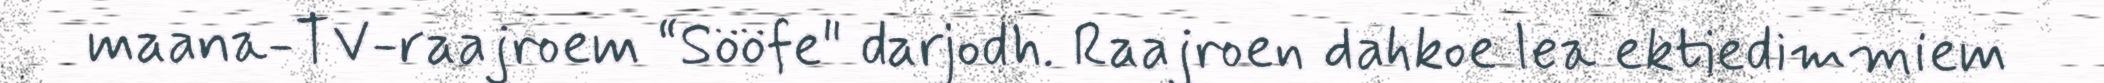
maana-TV-raajroem “Sööfe" darjodh. Raajroen dahkoe lea ektiedimmiem